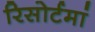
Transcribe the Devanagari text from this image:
रिसोर्टमां